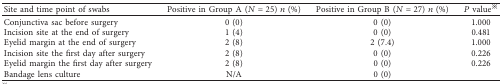
| Site and time point of swabs | Positive in Group A (N=25) n (%) | Positive in Group B (N=27) n (%) | P value※ |
 | --- | --- | --- | --- |
 | Conjunctiva sac before surgery | 0 (0) | 0 (0) | 1.000 |
 | Incision site at the end of surgery | 1 (4) | 0 (0) | 0.481 |
 | Eyelid margin at the end of surgery | 2 (8) | 2 (7.4) | 1.000 |
 | Incision site the first day after surgery | 2 (8) | 0 (0) | 0.226 |
 | Eyelid margin the first day after surgery | 2 (8) | 0 (0) | 0.226 |
 | Bandage lens culture | N/A | 0 (0) |  |